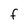
Character: f